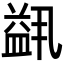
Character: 𬐭